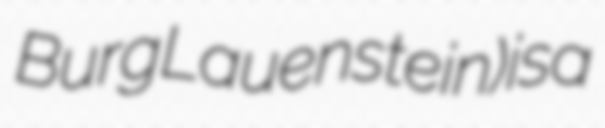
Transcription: Burg Lauenstein) is a